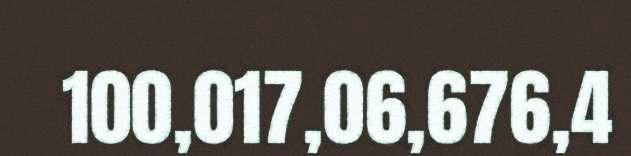
100,017,06,676,4